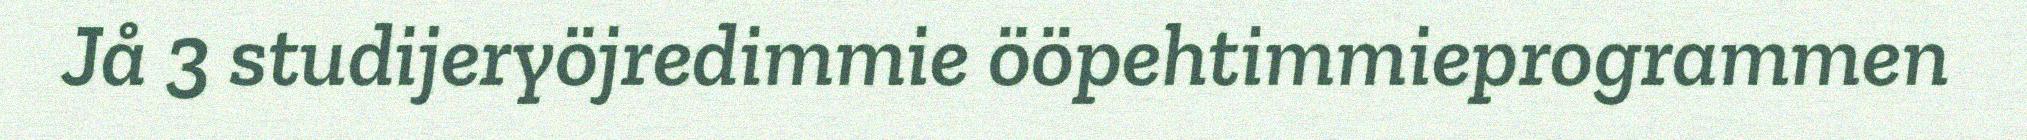
Jå 3 studijeryöjredimmie ööpehtimmieprogrammen